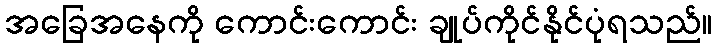
အခြေအနေကို ကောင်းကောင်း ချုပ်ကိုင်နိုင်ပုံရသည်။